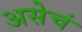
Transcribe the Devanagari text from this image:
असेचं